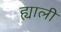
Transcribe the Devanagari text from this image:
ह्याली